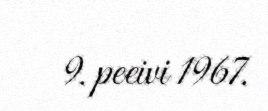
9. peeivi 1967.